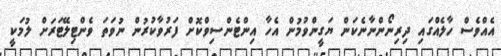
އެއްވެސް ހާލެއްގައި ދިރިނޯންނާނެކަން ޔަގީންވުމުން އެހާ އިންޓެންސިވްކޮށް ފަރުވާކުރުން ނުވަތަ ވެންޓިލޭޓަރަށް ލުމަކީ